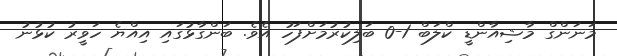
މަނަންގް މާޝިއާންޑީ ކްލަބް 1-0 ބަލިކުރުމަށްފަހު އެވެ. ބަންގާޅުގައި އިއްޔެ ހަވީރު ކުޅުނު